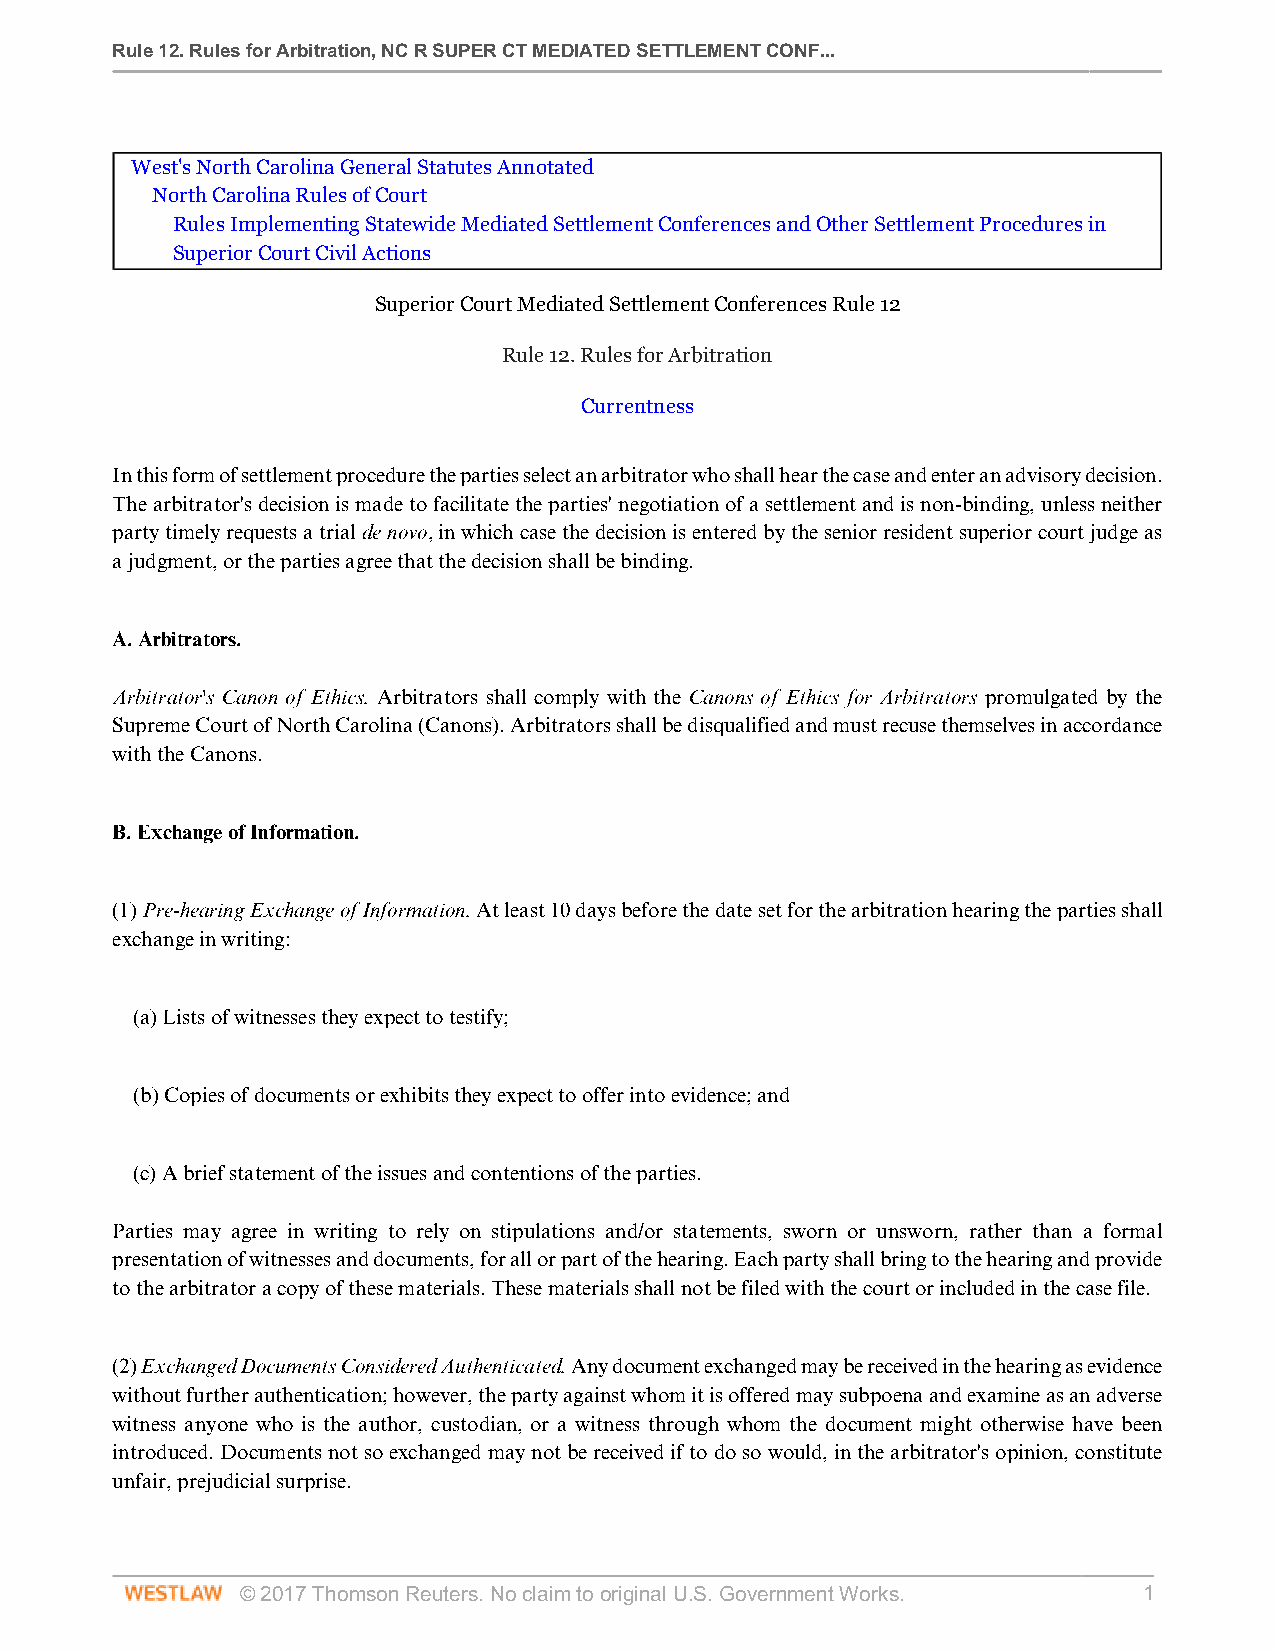
Rule 12. Rules for Arbitration, NC R SUPER CT MEDIATED SETTLEMENT CONF...
 West's North Carolina General Statutes Annotated
 North Carolina Rules of Court
 Rules Implementing Statewide Mediated Settlement Conferences and Other Settlement Procedures in
 Superior Court Civil Actions
 Superior Court Mediated Settlement Conferences Rule 12
 Rule 12. Rules for Arbitration
 Currentness
 In this form of settlement procedure the parties select an arbitrator who shall hear the case and enter an advisory decision.
 The arbitrator's decision is made to facilitate the parties' negotiation of a settlement and is non-binding, unless neither
 party timely requests a trial de novo, in which case the decision is entered by the senior resident superior court judge as
 a judgment, or the parties agree that the decision shall be binding.
 A. Arbitrators.
 Arbitrator's Canon of Ethics. Arbitrators shall comply with the Canons of Ethics for Arbitrators promulgated by the
 Supreme Court of North Carolina (Canons). Arbitrators shall be disqualified and must recuse themselves in accordance
 with the Canons.
 B. Exchange of Information.
 (1) Pre-hearing Exchange of Information. At least 10 days before the date set for the arbitration hearing the parties shall
 exchange in writing:
 (a) Lists of witnesses they expect to testify;
 (b) Copies of documents or exhibits they expect to offer into evidence; and
 (c) A brief statement of the issues and contentions of the parties.
 Parties may agree in writing to rely on stipulations and/or statements, sworn or unsworn, rather than a formal
 presentation of witnesses and documents, for all or part of the hearing. Each party shall bring to the hearing and provide
 to the arbitrator a copy of these materials. These materials shall not be filed with the court or included in the case file.
 (2) Exchanged Documents Considered Authenticated. Any document exchanged may be received in the hearing as evidence
 without further authentication; however, the party against whom it is offered may subpoena and examine as an adverse
 witness anyone who is the author, custodian, or a witness through whom the document might otherwise have been
 introduced. Documents not so exchanged may not be received if to do so would, in the arbitrator's opinion, constitute
 unfair, prejudicial surprise.
 © 2017 Thomson Reuters. No claim to original U.S. Government Works. 1